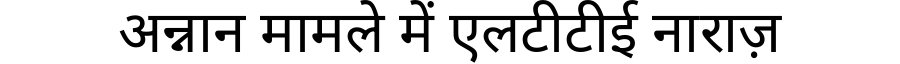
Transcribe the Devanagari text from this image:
अन्नान मामले में एलटीटीई नाराज़